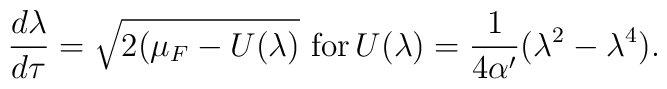
\frac{d\lambda}{d\tau} = \sqrt{2(\mu _{F}- U(\lambda )} \,\,{\rm for} \,U(\lambda ) = \frac{1}{4 \alpha '} (\lambda ^{2} - \lambda ^{4}).